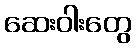
ဆေးဝါးတွေ